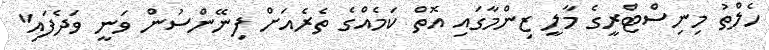
ހެލްތު މިނިސްޓްރީގެ މާލީ ޒިންމާގައި އޮތް ކަމެއްގެ ތެރެއަށް ފިނޭންސުން ވަނީ ވަދެފައި"